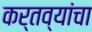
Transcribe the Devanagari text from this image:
कर्तव्यांचा